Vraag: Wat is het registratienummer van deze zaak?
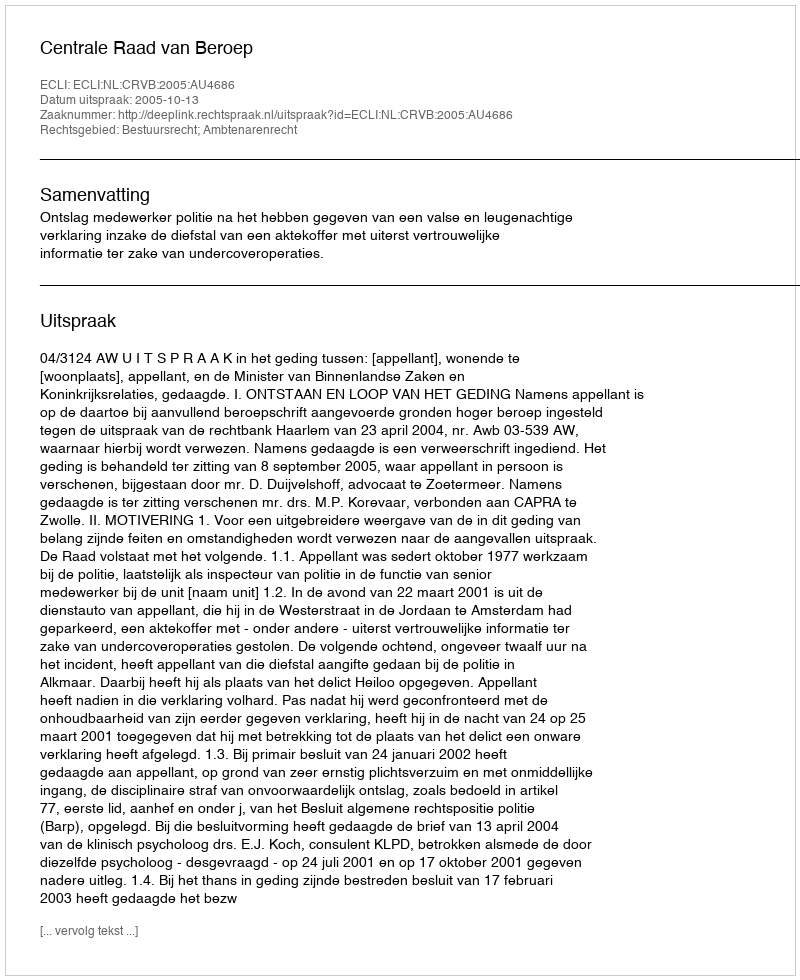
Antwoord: http://deeplink.rechtspraak.nl/uitspraak?id=ECLI:NL:CRVB:2005:AU4686